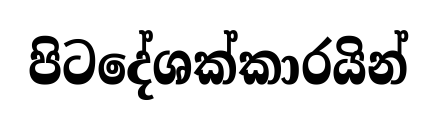
පිටදේශක්කාරයින්